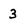
Character: 3